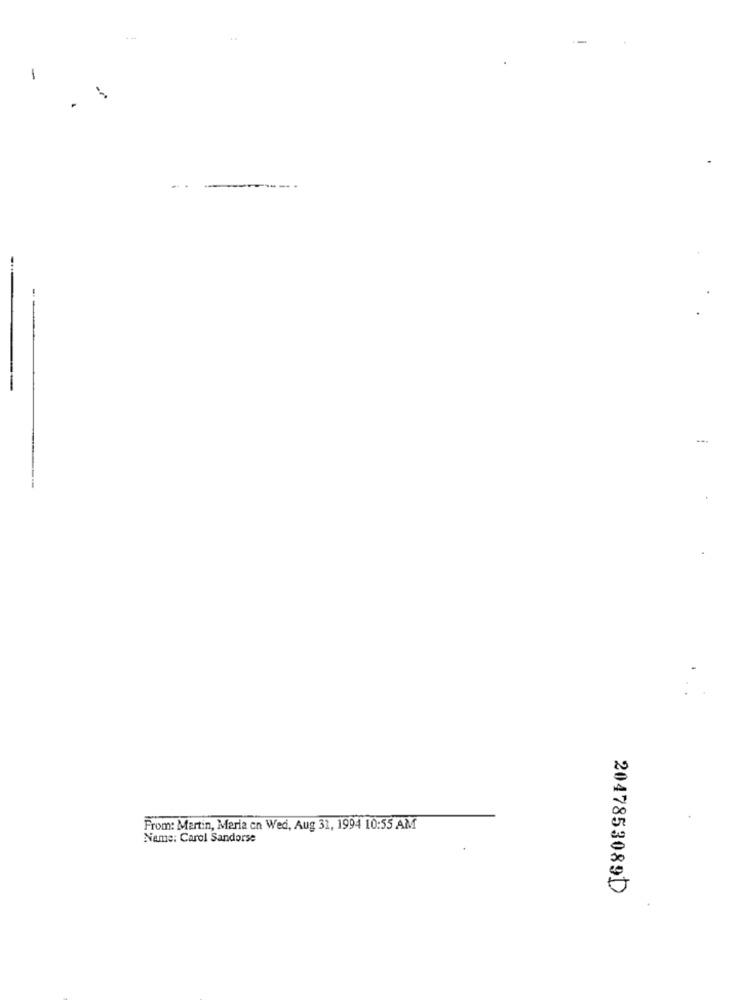
1
.
From: Martin, Maria on Wed, Aug 31, 1994 10:55 AM
Name: Carol Sandorse
2047853089D